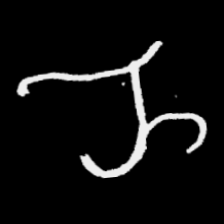
Pyu character \u2014 Myanmar letter: ည (romanized: nya)